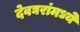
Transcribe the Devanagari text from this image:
देवघरांमध्ये